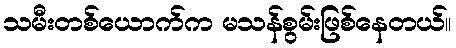
သမီးတစ်ယောက်က မသန်စွမ်းဖြစ်နေတယ်။